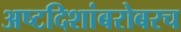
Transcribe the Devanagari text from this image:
अष्टदिशांबरोबरच